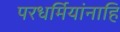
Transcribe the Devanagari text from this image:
परधर्मियांनाहि